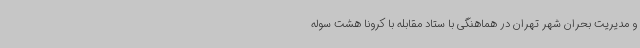
و مدیریت بحران شهر تهران در هماهنگی با ستاد مقابله با کرونا هشت سوله